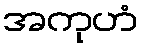
အကုဟံ